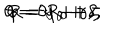
LaTeX: \theta = \theta _ { 0 } + \gamma , \hspace { 0 . 5 c m } \varphi = \varphi _ { 0 } + \delta , \hspace { 0 . 5 c m } R = R _ { 0 } + \zeta